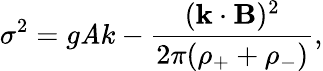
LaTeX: \sigma^{2}=g\mathit{A}\textit{{k}}-\frac{{(\textbf{{k}}\cdot{\mathbf{B}})^{2}}}{{2\pi(\rho_{+}+\rho_{-})}},